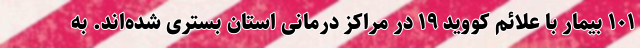
۱۰۱ بیمار با علائم کووید ۱۹ در مراکز درمانی استان بستری شده‌اند. به